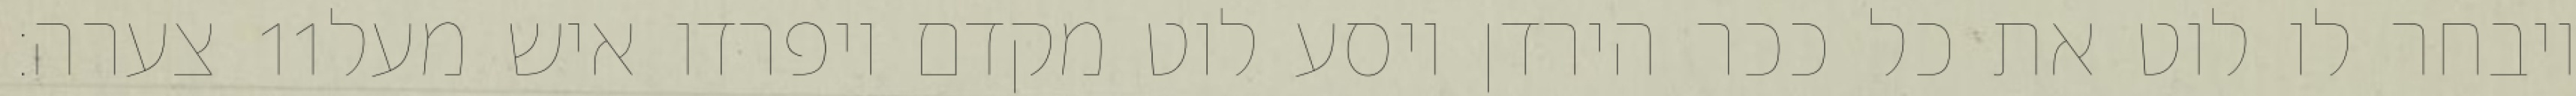
צערה׃ ‎11‏ ויבחר לו לוט את כל ככר הירדן ויסע לוט מקדם ויפרדו איש מעל